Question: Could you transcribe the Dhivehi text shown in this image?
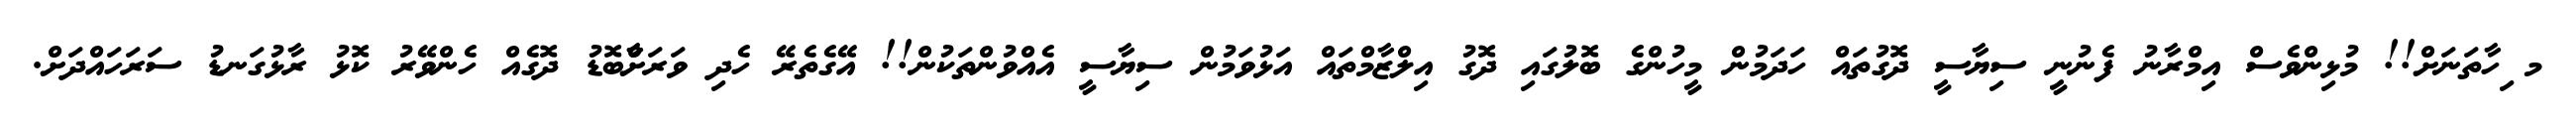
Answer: މ ިހާތަނަށް!! މުޅިންވެސް އިމްރާނު ފެނުނީ ސިޔާސީ ދޮގުތައް ހަދަމުން މީހުންގެ ބޮލުގައި ދޮގު އިލްޒާމްތައް އަޅުވަމުން ސިޔާސީ އެއްވުންތަކުން!! އޭގެތެރޭ ހެދި ވަރަށާްބޮޑު ދޮގެއް ހެންވޭރު ކޮޅު ރާޅުގަނޑު ސަރަހައްދަށް.